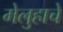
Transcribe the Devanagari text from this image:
मेलुहाचे